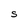
Character: S